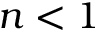
n < 1